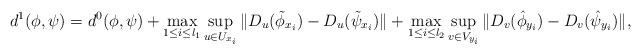
LaTeX: \begin{align*} d^{1}(\phi, \psi)=d^{0}(\phi, \psi) +\max_{1\leq i\leq l_{1}}\sup_{u\in U_{x_{i}}}\Vert D_{u}(\tilde{\phi}_{x_{i}}) - D_{u}(\tilde{\psi}_{x_{i}})\Vert+\max_{1\leq i\leq l_{2}}\sup_{v\in V_{y_{i}}}\Vert D_{v}(\hat{\phi}_{y_{i}}) - D_{v}(\hat{\psi}_{y_{i}})\Vert,\end{align*}